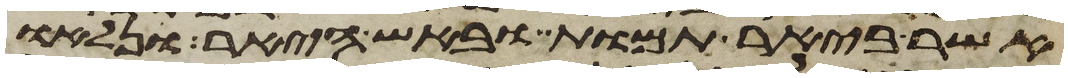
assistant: אשר ביאר תמות ובאש היאר ונלאו